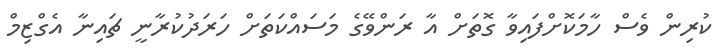
ކުރިން ވެސް ހާމަކޮށްފައިވާ ގޮތަށް އާ ރަންވޭގެ މަސައްކަތަށް ހަރަދުކުރާނީ ޗައިނާ އެގްޒިމް